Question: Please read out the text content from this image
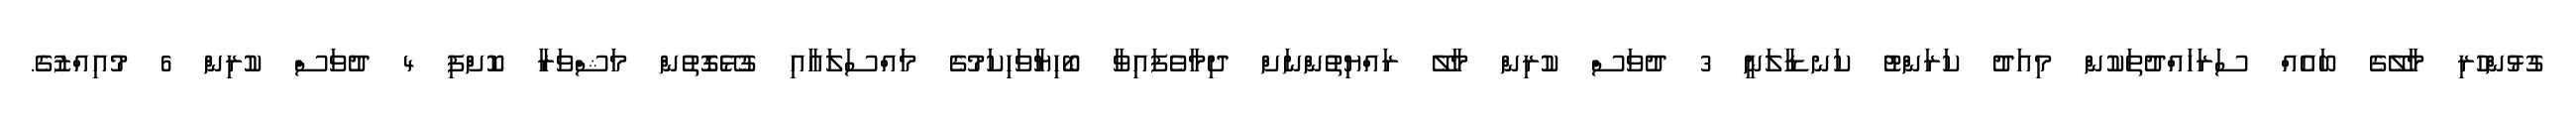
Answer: ގުޅުންހުރި މާލޭގެ ބައެއް ސަރަހައްދުތަކުން މިއަދު ކަރަންޓު ކަނޑާލަނީ 3 ދުވަސް ކުރިން މާލޭ ރައްޔިތުންނަށް ދިމާވެފައިވާ ބޯހިޔާވަހިކަމުގެ މައްސަލައާއި ގުޅޭގޮތުން މަޝްވަރާ ކޮށްފި 4 ދުވަސް ކުރިން 6 މުއިއްޒުގެ.